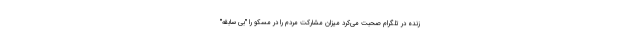
زنده در تلگرام صحبت می‌کرد میزان مشارکت مردم را در مسکو را "بی سابقه"